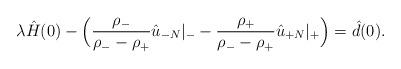
LaTeX: \begin{align*}\lambda \hat H(0) - \Bigl(\frac{\rho_-}{\rho_--\rho_+}\hat u_{-N}|_--\frac{\rho_+}{\rho_--\rho_+}\hat u_{+N}|_+\Bigr) = \hat d(0).\end{align*}